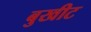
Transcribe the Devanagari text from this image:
बुखीट